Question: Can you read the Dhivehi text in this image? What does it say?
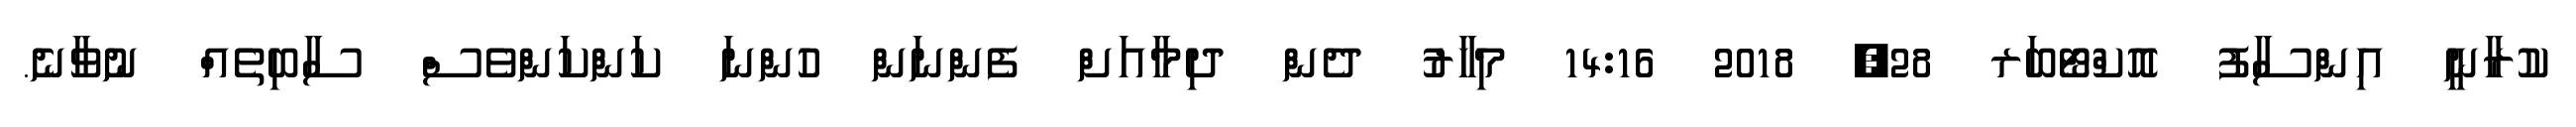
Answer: ކުރާނީ އިންސާފު އޮކްޓޯބަރ 28, 2018 14:16 މިހާރު ދެން ދިމާއަށް ފެންނަން ހުންނަ ކަންކަންވެސް ސާބިތެއް ނުވާނެ.